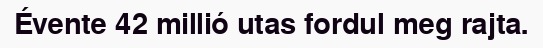
Évente 42 millió utas fordul meg rajta.